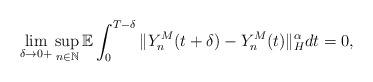
LaTeX: \begin{align*}\lim_{\delta\rightarrow 0+} \sup_{n\in\mathbb{N}} \mathbb{E} \int_0^{T-\delta} \Vert Y_n^M (t+\delta) - Y_n^M (t) \Vert_{H}^{\alpha} dt = 0,\end{align*}